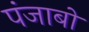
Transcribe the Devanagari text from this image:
पंजाबों